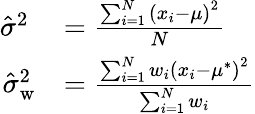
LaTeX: {\begin{array}{rl}{{\hat{\sigma}}^{2}\ }&{={\frac{\sum_{i=1}^{N}\left(x_{i}-\mu\right)^{2}}{N}}}\\ {{\hat{\sigma}}_{\mathrm{w}}^{2}}&{={\frac{\sum_{i=1}^{N}w_{i}\left(x_{i}-\mu^{*}\right)^{2}}{\sum_{i=1}^{N}w_{i}}}}\end{array}}